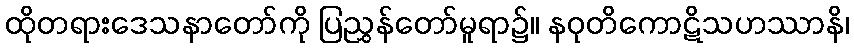
ထိုတရားဒေသနာတော်ကို ပြညွှန်တော်မူရာ၌။ နဝုတိကောဋိသဟဿာနိ၊